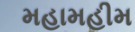
મહામહીમ